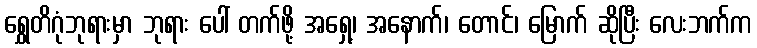
ရွှေတိဂုံဘုရားမှာ ဘုရား ပေါ် တက်ဖို့ အရှေ့၊ အနောက်၊ တောင်၊ မြောက် ဆိုပြီး လေးဘက်က